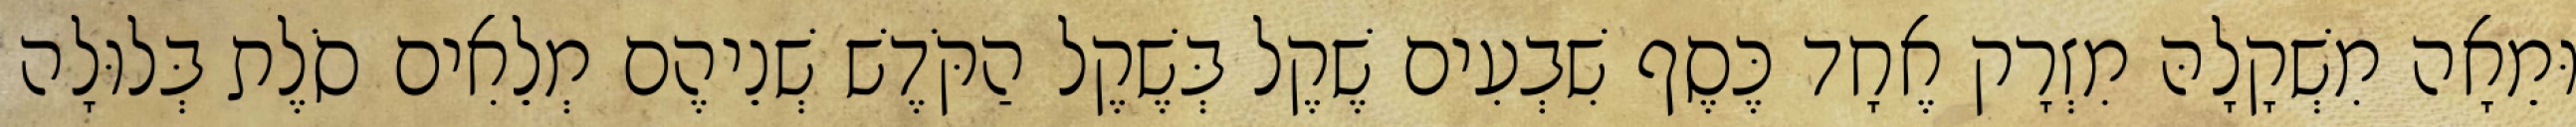
וּמֵאָה מִשְׁקָלָהּ מִזְרָק אֶחָד כֶּסֶף שִׁבְעִים שֶׁקֶל בְּשֶׁקֶל הַקֹּדֶשׁ שְׁנֵיהֶם מְלֵאִים סֹלֶת בְּלוּלָה